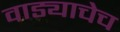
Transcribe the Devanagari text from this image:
वाड्याचेच